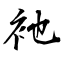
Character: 衪